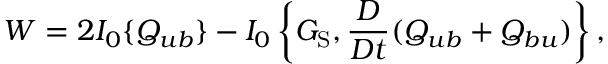
W = 2 I _ { 0 } \{ { Q _ { u b } } \} - I _ { 0 } \left\{ { G _ { \mathrm { { S } } } , \frac { D } { D t } ( Q _ { u b } + Q _ { b u } ) } \right\} ,